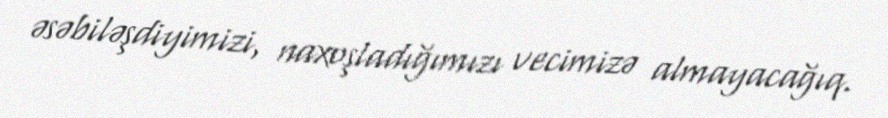
əsəbiləşdiyimizi, naxoşladığımızı vecimizə almayacağıq.